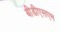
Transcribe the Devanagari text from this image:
बीडीएसएम